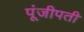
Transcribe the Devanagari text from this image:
पूंजीपती